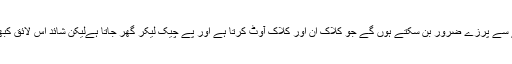
شائد ہم ایسا دماغ لیکر ایک بڑی مشین کے ایک چھوٹے سے پرزے ضرور بن سکتے ہوں گے جو کلاک ان اور کلاک آوٹ کرتا ہے اور پے چیک لیکر گھر جاتا ہےلیکن شائد اس لائق کبھی نہ بن پائیں کہ خود ایک بڑی مشین بنا اور چلا سکیں۔